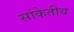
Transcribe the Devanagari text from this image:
सांकेतीय